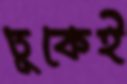
ঢুকেই